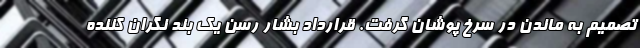
تصمیم به ماندن در سرخ پوشان گرفت. قرارداد بشار رسن یک بند نگران کننده